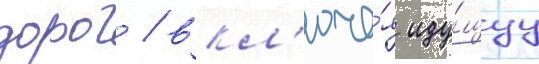
дорог / вкл'юча́я иду́щуу